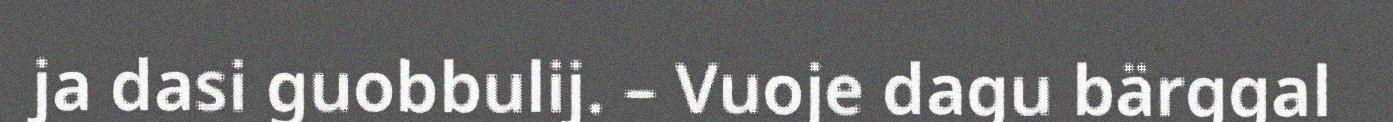
ja dasi guobbulij. – Vuoje dagu bärggal